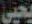
يحيى